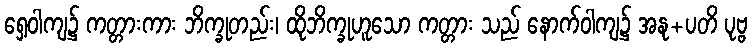
ရှေ့ဝါကျ၌ ကတ္တားကား ဘိက္ခုတည်း၊ ထိုဘိက္ခုဟူသော ကတ္တား သည် နောက်ဝါကျ၌ အနု+ပတိ ပုဗ္ဗ